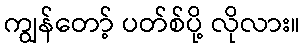
ကျွန်တော့် ပတ်စ်ပို့ လိုလား။